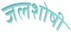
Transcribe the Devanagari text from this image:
जलशोषी